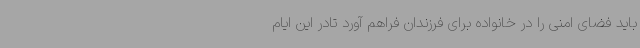
باید فضای امنی را در خانواده برای فرزندان فراهم آورد تادر این ایام